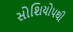
સોશિયોપથી